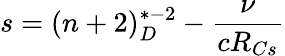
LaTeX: s=(n+2)_{D}^{*-2}-\frac{\nu}{cR_{Cs}}